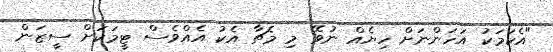
"އެކަމަކު އަހަންނަށް ހިޔެއް ނުވޭ މި މެޗާ އެކު އެއްވެސް ޓީމަކަށް ސީޒަން